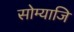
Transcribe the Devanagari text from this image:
सोम्याजि